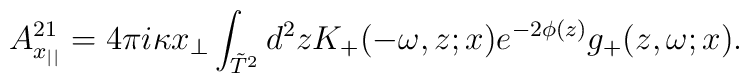
A_{x_{||}}^{21}=4\pi i\kappa x_\perp\int_{\tilde T^2} d^2zK_+(-\omega,z;x)e^{-2\phi(z)}g_+(z,\omega;x).